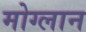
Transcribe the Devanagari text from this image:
मोग्लान